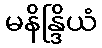
မနိန္ဒြိယံ